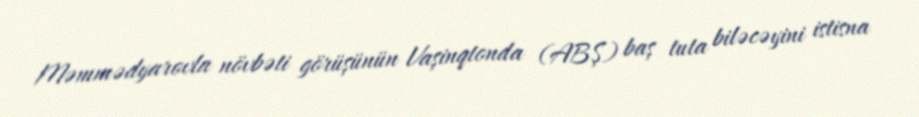
Məmmədyarovla növbəti görüşünün Vaşinqtonda (ABŞ) baş tuta biləcəyini istisna